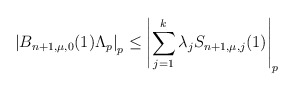
\begin{align*} \left|B_{n+1,\mu,0}(1)\Lambda_p\right|_p \leq \left|\sum_{j=1}^k \lambda_jS_{n+1,\mu,j}(1)\right|_p \end{align*}